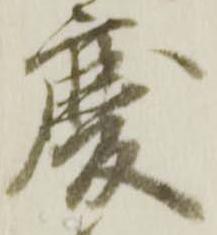
慶